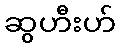
ဆွဟီးဟ်